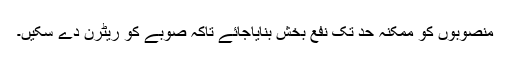
منصوبوں کو ممکنہ حد تک نفع بخش بنایاجائے تاکہ صوبے کو ریٹرن دے سکیں۔